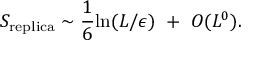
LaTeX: S _ { \mathrm { r e p l i c a } } \sim { \frac { 1 } { 6 } } \mathrm { l n } ( L / \epsilon ) ~ + ~ O ( L ^ { 0 } ) .